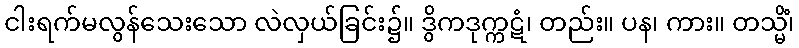
ငါးရက်မလွန်သေးသော လဲလှယ်ခြင်း၌။ ဒွိကဒုက္ကဋံ၊ တည်း။ ပန၊ ကား။ တသ္မိံ၊